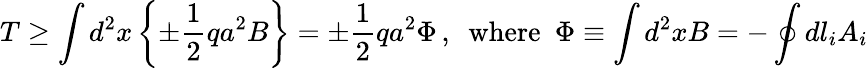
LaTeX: T\geq\int d^{2}x\left\{ \pm\frac{1}{2}qa^{2}B\right\} =\pm\frac{1}{2}qa^{2}\Phi\, ,\, \, \, \textrm{where}\, \, \, \Phi\equiv\int d^{2}xB=-\oint dl_{i}A_{i}